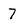
Character: 7